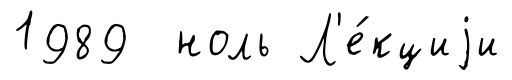
1989 ноль Л'е́кциjи